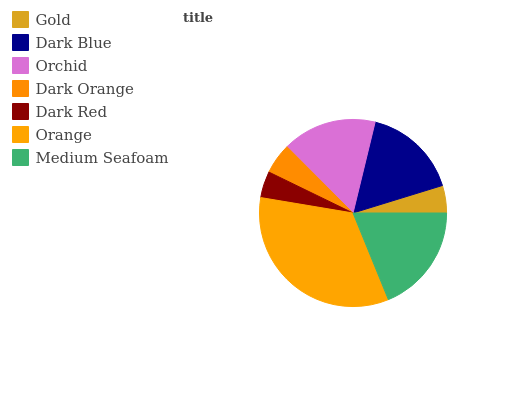
| Gold | Dark Blue | Orchid | Dark Orange | Dark Red | Orange | Medium Seafoam |
 | --- | --- | --- | --- | --- | --- | --- |
 | 4.75% | 16.4% | 16.3% | 5.34% | 4.58% | 33.8% | 18.8% |